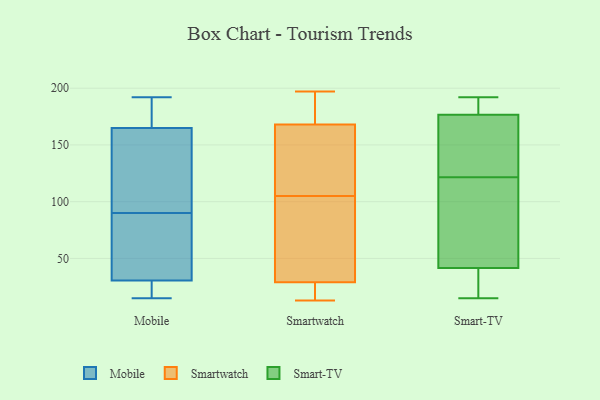
{"axis": {"x": "Energy Usage (MWh)", "y": "Value"}, "legend": ["Mobile", "Smart-TV", "Smartwatch"], "data": [{"x": "", "y": 20, "type": "Mobile"}, {"x": "", "y": 15, "type": "Mobile"}, {"x": "", "y": 166, "type": "Mobile"}, {"x": "", "y": 25, "type": "Mobile"}, {"x": "", "y": 168, "type": "Mobile"}, {"x": "", "y": 162, "type": "Mobile"}, {"x": "", "y": 130, "type": "Mobile"}, {"x": "", "y": 84, "type": "Mobile"}, {"x": "", "y": 126, "type": "Mobile"}, {"x": "", "y": 172, "type": "Mobile"}, {"x": "", "y": 25, "type": "Mobile"}, {"x": "", "y": 192, "type": "Mobile"}, {"x": "", "y": 47, "type": "Mobile"}, {"x": "", "y": 90, "type": "Mobile"}, {"x": "", "y": 87, "type": "Mobile"}, {"x": "", "y": 104, "type": "Smartwatch"}, {"x": "", "y": 20, "type": "Smartwatch"}, {"x": "", "y": 34, "type": "Smartwatch"}, {"x": "", "y": 197, "type": "Smartwatch"}, {"x": "", "y": 13, "type": "Smartwatch"}, {"x": "", "y": 24, "type": "Smartwatch"}, {"x": "", "y": 106, "type": "Smartwatch"}, {"x": "", "y": 85, "type": "Smartwatch"}, {"x": "", "y": 133, "type": "Smartwatch"}, {"x": "", "y": 170, "type": "Smartwatch"}, {"x": "", "y": 166, "type": "Smartwatch"}, {"x": "", "y": 181, "type": "Smartwatch"}, {"x": "", "y": 41, "type": "Smart-TV"}, {"x": "", "y": 148, "type": "Smart-TV"}, {"x": "", "y": 169, "type": "Smart-TV"}, {"x": "", "y": 192, "type": "Smart-TV"}, {"x": "", "y": 42, "type": "Smart-TV"}, {"x": "", "y": 15, "type": "Smart-TV"}, {"x": "", "y": 186, "type": "Smart-TV"}, {"x": "", "y": 114, "type": "Smart-TV"}, {"x": "", "y": 110, "type": "Smart-TV"}, {"x": "", "y": 129, "type": "Smart-TV"}, {"x": "", "y": 16, "type": "Smart-TV"}, {"x": "", "y": 184, "type": "Smart-TV"}]}